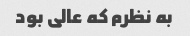
به نظرم که عالی بود